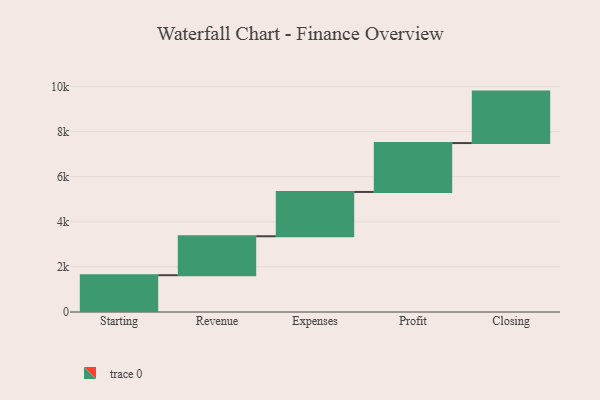
{"axis": {"x": "Step", "y": "Value"}, "legend": [""], "data": [{"x": "Starting", "y": 1632.0, "type": ""}, {"x": "Revenue", "y": 1728.0, "type": ""}, {"x": "Expenses", "y": 1965.0, "type": ""}, {"x": "Profit", "y": 2170.0, "type": ""}, {"x": "Closing", "y": 2282.0, "type": ""}]}